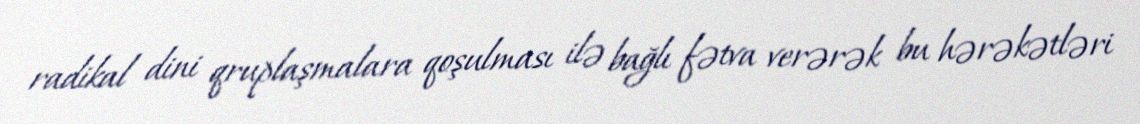
radikal dini qruplaşmalara qoşulması ilə bağlı fətva verərək bu hərəkətləri